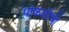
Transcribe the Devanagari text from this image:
पोकळीची